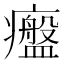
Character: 𤻷